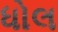
ધોલ